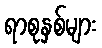
ရာစုနှစ်များ